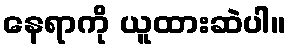
နေရာကို ယူထားဆဲပါ။